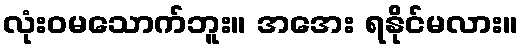
လုံးဝမသောက်ဘူး။ အအေး ရနိုင်မလား။